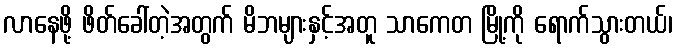
လာနေဖို့ ဖိတ်ခေါ်တဲ့အတွက် မိဘများနှင့်အတူ သာကေတ မြို့ကို ရောက်သွားတယ်၊